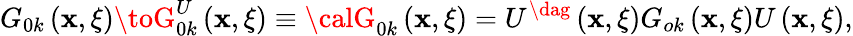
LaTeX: G_{0k}\left({\mathbf{x},\xi}\right)\toG_{0k}^{U}\left({\mathbf{x},\xi}\right)\equiv{\calG}_{0k}\left({\mathbf{x},\xi}\right)=U^{\dag}\left({\mathbf{x},\xi}\right)G_{ok}\left({\mathbf{x},\xi}\right)U\left({\mathbf{x},\xi}\right),